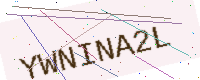
Text: YWNINA2L